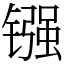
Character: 镪